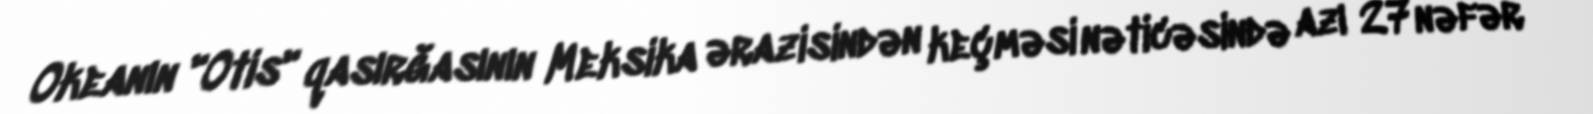
Okeanın "Otis" qasırğasının Meksika ərazisindən keçməsi nəticəsində azı 27 nəfər